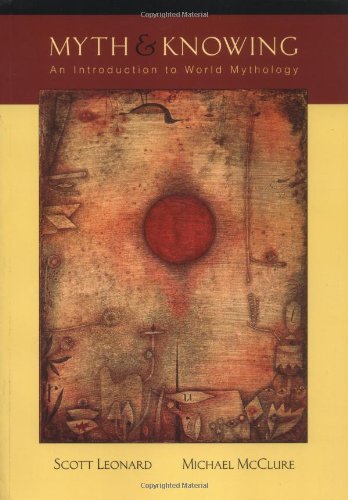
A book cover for Myth and Knowing: An Introduction to World Mythology; Scott A. Leonard; Literature & Fiction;